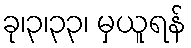
ခု၊၃၊၃၃၊ မှယူရန်